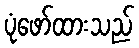
ပုံဖော်ထားသည်